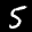
Label: 5